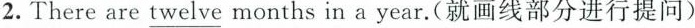
2. There \underline{twelve} months in a year. （就画线部分进行提问）